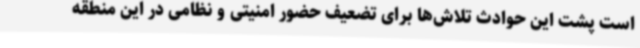
است پشت این حوادث تلاش‌ها برای تضعیف حضور امنیتی و نظامی در این منطقه